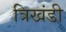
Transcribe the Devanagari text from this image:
त्रिखंडी